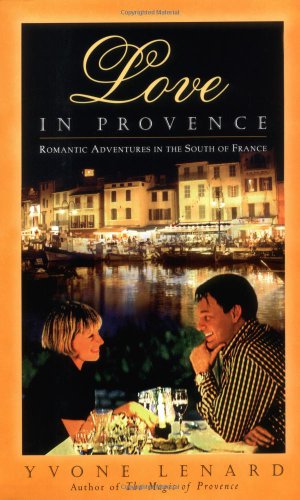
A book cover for Love in Provence: Romantic Adventures in the South of France; Yvone Lenard; Romance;